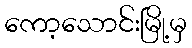
ကော့သောင်းမြို့မှ